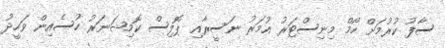
ސާފު ކުރުމަށް ހޯމް މިނިސްޓަރު އުމަރު ނަސީރާއި ޕޮލިސް ކޮމިޝަނަރު ހުސެއިން ވަހީދު